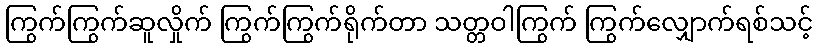
ကြွက်ကြွက်ဆူလှိုက် ကြွက်ကြွက်ရိုက်တာ သတ္တဝါကြွက် ကြွက်လျှောက်ရစ်သင့်